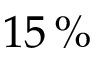
1 5 \, \%